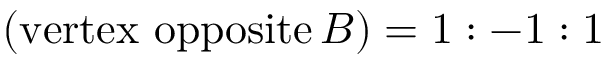
( { \mathrm { v e r t e x ~ o p p o s i t e } } \, B ) = 1 : - 1 : 1